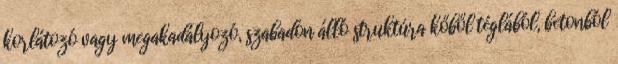
korlátozó vagy megakadályozó, szabadon álló struktúra kőből téglából, betonból